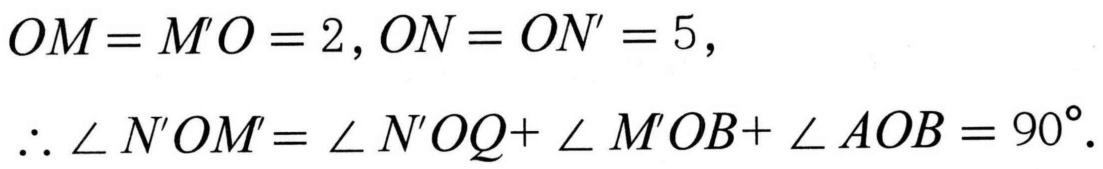
\[
\begin{align*}
OM = M'O = 2, ON = ON' = 5,\\
\therefore \angle N'OM'=\angle N'OQ+\angle M'OB+\angle AOB = 90^{\circ}.
\end{align*}
\]